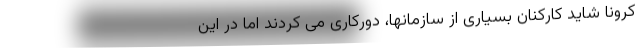
کرونا شاید کارکنان بسیاری از سازمانها، دورکاری می کردند اما در این